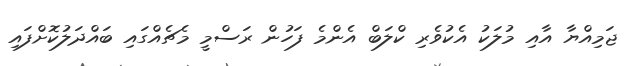
ޖަމިއްޔާ އާއި މުލަކު އެކުވެރި ކްލަބް އެންމެ ފަހުން ރަސްމީ މެޗެއްގައި ބައްދަލުކޮށްފައި